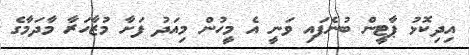
އިދިކޮޅު ޕާޓީން ބުނެފައި ވަނީ އެ މީހުން މިއަދު ފަށާ މުޒާހަރާ މާދަމާގެ